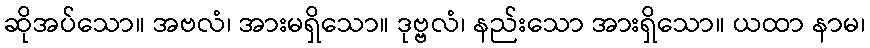
ဆိုအပ်သော။ အဗလံ၊ အားမရှိသော။ ဒုဗ္ဗလံ၊ နည်းသော အားရှိသော။ ယထာ နာမ၊